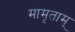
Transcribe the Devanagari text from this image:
मामृताम्‌